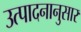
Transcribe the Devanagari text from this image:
उत्पादनानुसार